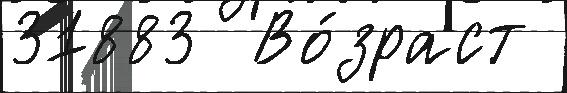
31883  Во́зраст